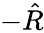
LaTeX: -\hat{R}